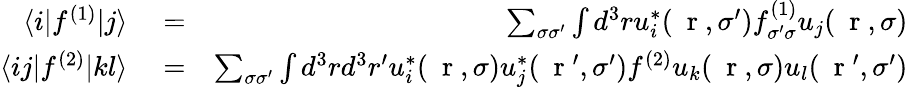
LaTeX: \begin{array}{rlr}{\langle i|f^{(1)}|j\rangle}&{{}=}&{\sum_{\sigma\sigma^{\prime}}\int d^{3}ru_{i}^{*}(\mathrm{~\mathbf~r~},\sigma^{\prime})f_{\sigma^{\prime}\sigma}^{(1)}u_{j}(\mathrm{~\mathbf~r~},\sigma)}\\ {\langle ij|f^{(2)}|kl\rangle}&{{}=}&{\sum_{\sigma\sigma^{\prime}}\int d^{3}rd^{3}r^{\prime}u_{i}^{*}(\mathrm{~\mathbf~r~},\sigma)u_{j}^{*}(\mathrm{~\mathbf~r~}^{\prime},\sigma^{\prime})f^{(2)}u_{k}(\mathrm{~\mathbf~r~},\sigma)u_{l}(\mathrm{~\mathbf~r~}^{\prime},\sigma^{\prime})}\end{array}